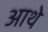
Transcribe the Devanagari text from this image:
आथे